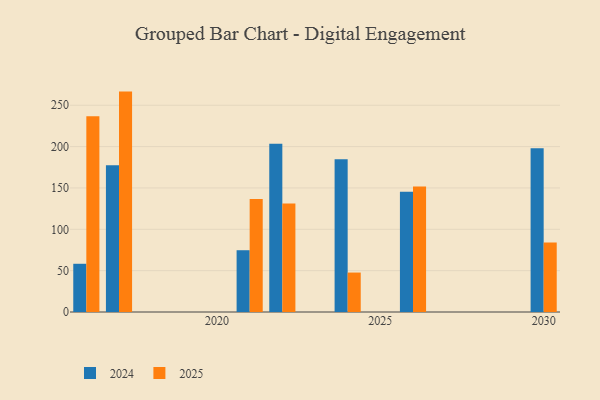
{"axis": {"x": "Year", "y": "Page Views"}, "legend": ["2024", "2025"], "data": [{"x": "2022", "y": 203.4, "type": "2024"}, {"x": "2022", "y": 131.1, "type": "2025"}, {"x": "2024", "y": 184.8, "type": "2024"}, {"x": "2024", "y": 47.7, "type": "2025"}, {"x": "2016", "y": 58.3, "type": "2024"}, {"x": "2016", "y": 236.7, "type": "2025"}, {"x": "2030", "y": 197.9, "type": "2024"}, {"x": "2030", "y": 83.9, "type": "2025"}, {"x": "2026", "y": 145.4, "type": "2024"}, {"x": "2026", "y": 151.6, "type": "2025"}, {"x": "2021", "y": 74.7, "type": "2024"}, {"x": "2021", "y": 136.6, "type": "2025"}, {"x": "2017", "y": 177.4, "type": "2024"}, {"x": "2017", "y": 266.5, "type": "2025"}]}